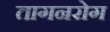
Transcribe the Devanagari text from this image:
तागनरोग